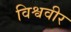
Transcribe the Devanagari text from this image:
विश्ववीर